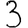
Digit: 3